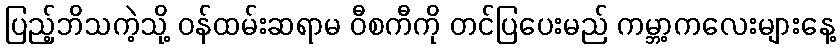
ပြည့်ဘိသကဲ့သို့ ဝန်ထမ်းဆရာမ ဝီစကီကို တင်ပြပေးမည် ကမ္ဘာ့ကလေးများနေ့